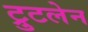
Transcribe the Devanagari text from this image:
ट्रुटलेन